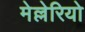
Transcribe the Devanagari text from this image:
मेल्लेरियो